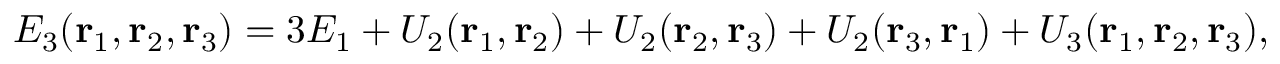
E _ { 3 } ( \mathbf { r } _ { 1 } , \mathbf { r } _ { 2 } , \mathbf { r } _ { 3 } ) = 3 E _ { 1 } + U _ { 2 } ( \mathbf { r } _ { 1 } , \mathbf { r } _ { 2 } ) + U _ { 2 } ( \mathbf { r } _ { 2 } , \mathbf { r } _ { 3 } ) + U _ { 2 } ( \mathbf { r } _ { 3 } , \mathbf { r } _ { 1 } ) + U _ { 3 } ( \mathbf { r } _ { 1 } , \mathbf { r } _ { 2 } , \mathbf { r } _ { 3 } ) ,